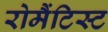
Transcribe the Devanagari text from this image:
रोमैंटिस्ट